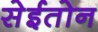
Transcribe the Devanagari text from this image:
सेईतोन